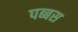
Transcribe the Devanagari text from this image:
पब्बस